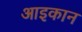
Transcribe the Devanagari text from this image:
आइकान